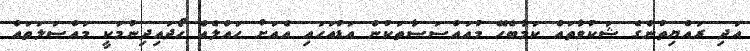
އަދި ރައްޔިތުންގެ ޝަކުވާތައް ކަމާބެހޭ މުއައްސަސާތަކުން އަޑުއަހައި އެއަށް ހައްލެއް ހޯދައިދިނުމަކީ މައްސަލަތައް